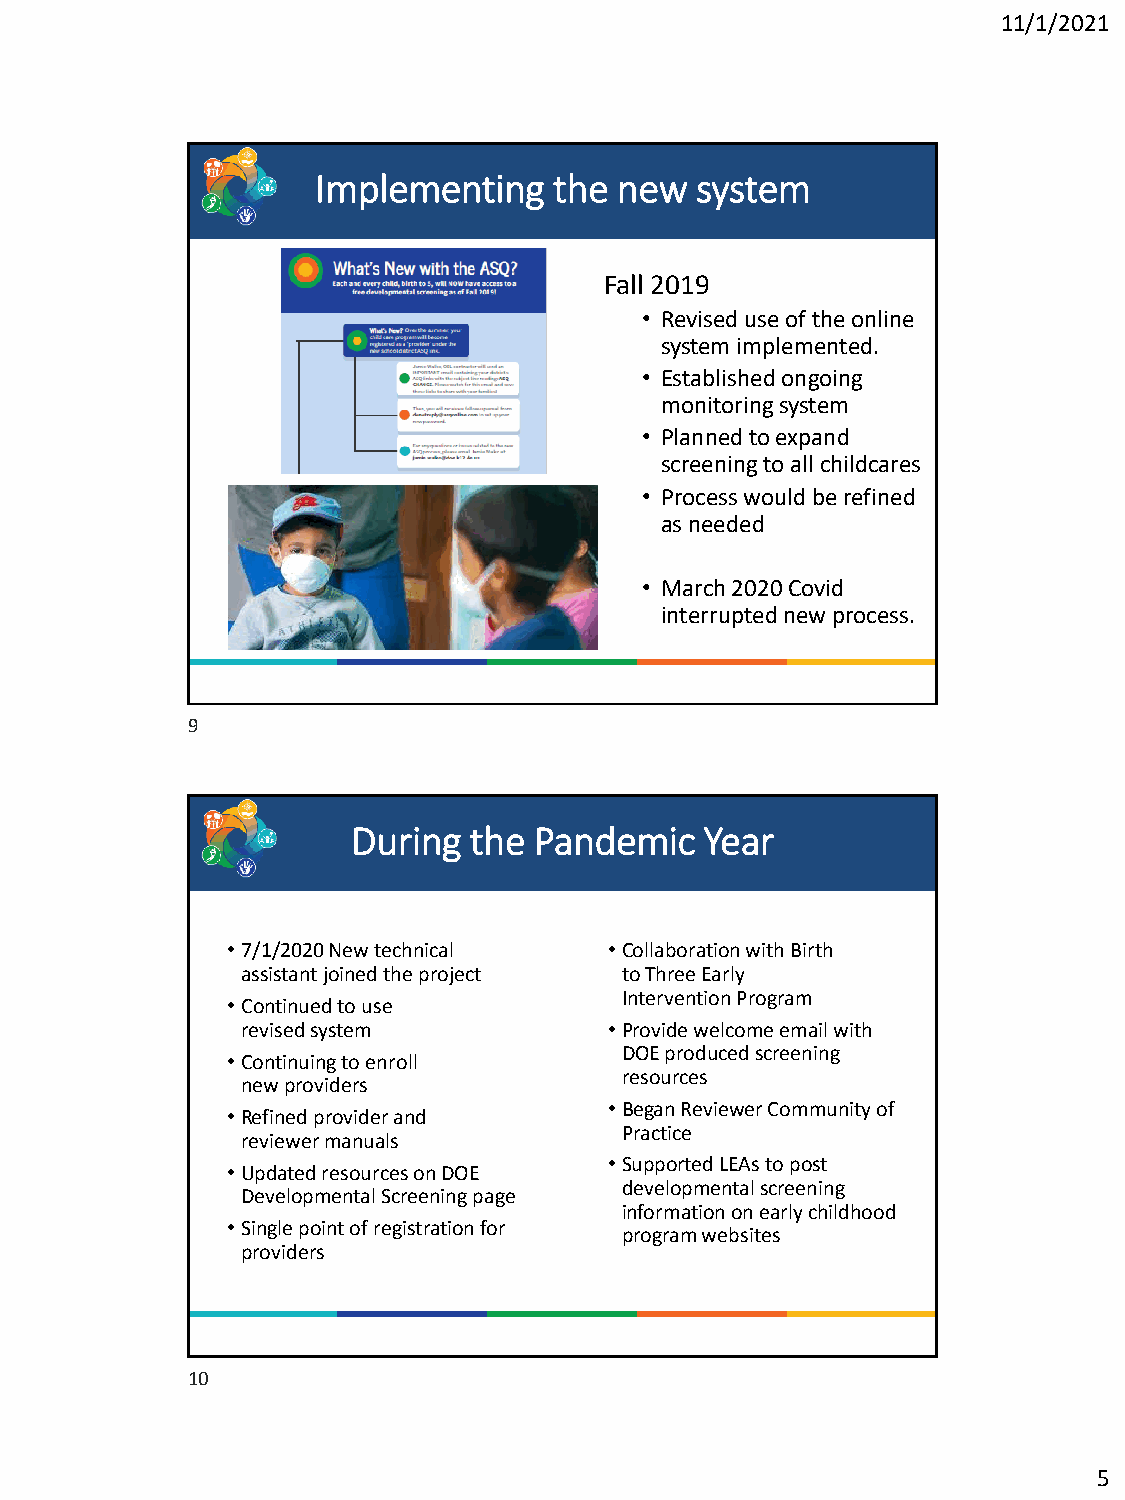
11/1/2021
 Implementing    the new  system
 Fall 2019
 • Revised use of the online
 system implemented.
 • Established ongoing
 monitoring system
 • Planned to expand
 screening to all childcares
 • Process would be refined
 as needed
 • March 2020 Covid
 interrupted new process.
 9
 During  the Pandemic    Year
 • 7/1/2020 New technical • Collaboration with Birth
 assistant joined the project toThree Early
 InterventionProgram
 • Continued to use
 revisedsystem           • Provide welcome email with
 DOE produced screening
 • Continuing to enroll
 resources
 newproviders
 • Began Reviewer Community of
 • Refined provider and
 Practice
 reviewermanuals
 • Supported LEAs to post
 • Updated resources on DOE
 developmental screening
 Developmental Screening page
 information on early childhood
 • Single point of registration for
 program websites
 providers
 10
 5